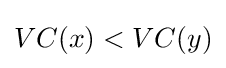
VC(x)<VC(y)